Report on plague and inoculation in the Punjab from October 1st ... to September 30th..., being the ... season of plague in the province
Disease focus: Plague
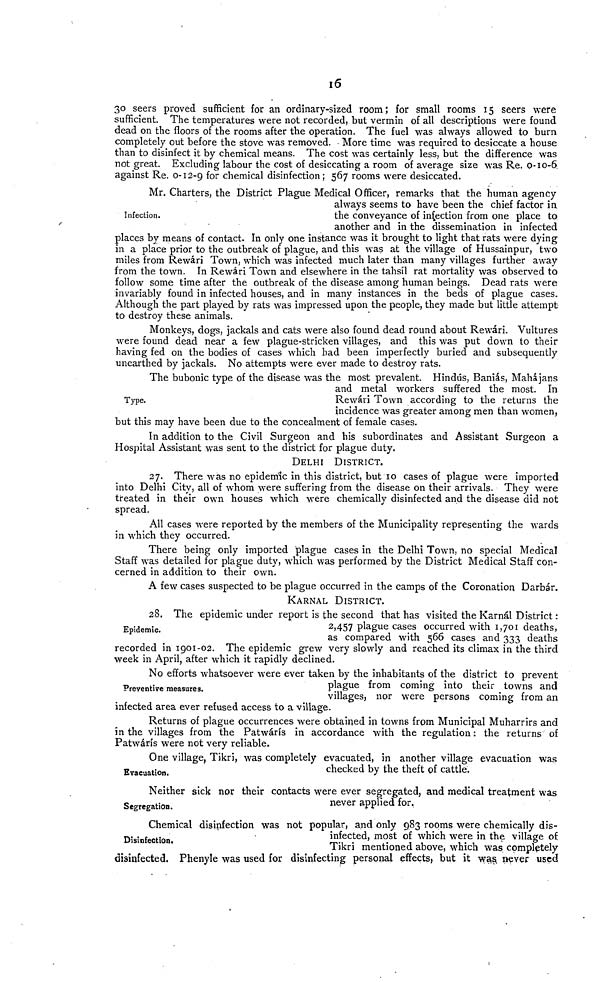
16
30 seers proved sufficient for an ordinary-sized room; for small rooms 15 seers were
sufficient. The temperatures were not recorded, but vermin of all descriptions were found
dead on the floors of the rooms after the operation. The fuel was always allowed to burn
completely out before the stove was removed. More time was required to desiccate a house
than to disinfect it by chemical means. The cost was certainly less, but the difference was
not great. Excluding labour the cost of desiccating a room of average size was Re. 0-10-6
against Re. 0-12-9 for chemical disinfection; 567 rooms were desiccated.
Infection.
Mr. Charters, the District Plague Medical Officer, remarks that the human agency
always seems to have been the chief factor in
the conveyance of infection from one place to
another and in the dissemination in infected
places by means of contact. In only one instance was it brought to light that rats were dying
in a place prior to the outbreak of plague, and this was at the village of Hussainpur, two
miles from Rewári Town, which was infected much later than many villages further away
from the town. In Rewári Town and elsewhere in the tahsil rat mortality was observed to
follow some time after the outbreak of the disease among human beings. Dead rats were
invariably found in infected houses, and in many instances in the beds of plague cases.
Although the part played by rats was impressed upon the people, they made but little attempt
to destroy these animals.
Monkeys, dogs, jackals and cats were also found dead round about Rewári. Vultures
were found dead near a few plague-stricken villages, and this was put down to their
having fed on the bodies of cases which had been imperfectly buried and subsequently
unearthed by jackals. No attempts were ever made to destroy rats.
Type.
The bubonic type of the disease was the most prevalent. Hindus, Baniás, Mahájans
and metal workers suffered the most. In
Rewári Town according to the returns the
incidence was greater among men than women,
but this may have been due to the concealment of female cases.
In addition to the Civil Surgeon and his subordinates and Assistant Surgeon a
Hospital Assistant was sent to the district for plague duty.
DELHI DISTRICT.
27. There was no epidemic in this district, but 10 cases of plague were imported
into Delhi City, all of whom were suffering from the disease on their arrivals. They were
treated in their own houses which were chemically disinfected and the disease did not
spread.
All cases were reported by the members of the Municipality representing the wards
in which they occurred.
There being only imported plague cases in the Delhi Town, no special Medical
Staff was detailed for plague duty, which was performed by the District Medical Staff con-
cerned in addition to their own.
A few cases suspected to be plague occurred in the camps of the Coronation Darbár.
KARNAL DISTRICT.
Epidemic.
28. The epidemic under report is the second that has visited the Karnál District :
2,457 plague cases occurred with 1,701 deaths,
as compared with 566 cases and 333 deaths
recorded in 1901-02. The epidemic grew very slowly and reached its climax in the third
week in April, after which it rapidly declined.
Preventive measures.
No efforts whatsoever were ever taken by the inhabitants of the district to prevent
plague from coming into their towns and
villages, nor were persons coming from an
infected area ever refused access to a village.
Returns of plague occurrences were obtained in towns from Municipal Muharrirs and
in the villages from the Patwárís in accordance with the regulation : the returns of
Patwárís were not very reliable.
Evacuation.
One village, Tikri, was completely evacuated, in another village evacuation was
checked by the theft of cattle.
Segregation.
Neither sick nor their contacts were ever segregated, and medical treatment was
never applied for.
Disinfection.
Chemical disinfection was not popular, and only 983 rooms were chemically dis-
infected, most of which were in the village of
Tikri mentioned above, which was completely
disinfected. Phenyle was used for disinfecting personal effects, but it was never used